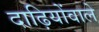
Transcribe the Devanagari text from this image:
दाढ़ियोंवाले